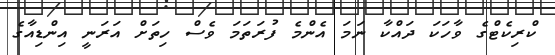
ކްރިކެޓްގެ ވާހަކަ ދައްކާ ނަމަ އެންމެ ފުރަތަމަ ވެސް ހިތަށް އަރަނީ އިންޑިއާގެ